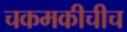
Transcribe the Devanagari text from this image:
चकमकीचीच